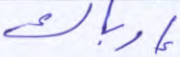
إرباك